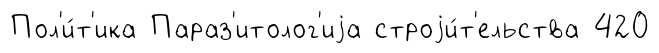
Пол'и́т'ика Параз'итолог'иjа строjи́т'ельства 420